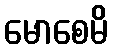
မောစေမိ